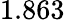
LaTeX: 1.863